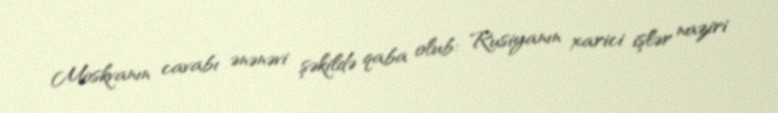
Moskvanın cavabı ənənəvi şəkildə qaba olub: Rusiyanın xarici işlər naziri